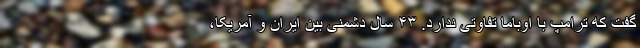
گفت که ترامپ با اوباما تفاوتی ندارد. ۴۳ سال دشمنی بین ایران و آمریکا،